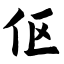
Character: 伛